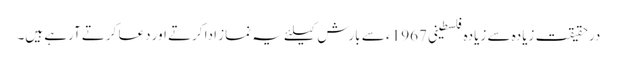
درحقیقت زیادہ سے زیادہ فلسطینی 1967 ء سے بارش کیلئے یہ نماز ادا کرتے اور دعا کرتے آرہے ہیں۔